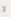
لا